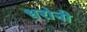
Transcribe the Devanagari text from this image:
धरोनी